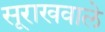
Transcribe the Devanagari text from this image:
सूराखवाले